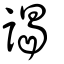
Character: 謁